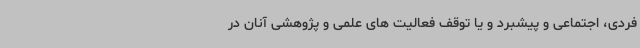
فردی، اجتماعی و پیشبرد و یا توقف فعالیت های علمی و پژوهشی آنان در